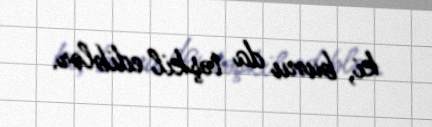
ki, bunu da təşkil ediblər.